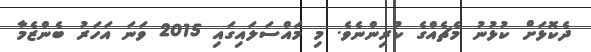
ދެކޮޅަށް ކުޅުނު މެޗެއްގެ ކުރިންނެވެ. މި މައްސަލައިގައި 2015 ވަނަ އަހަރު ބެންޒެމާ